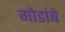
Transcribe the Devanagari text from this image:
गोडांबे